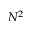
N ^ { 2 }